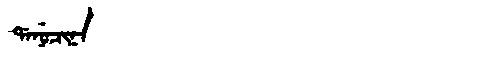
Manchu: ᡩᠠᠨᡠᠴᡳᠨᠠ
Romanization: DANUCINA